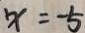
x = - 5